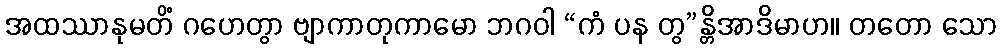
အထဿာနုမတိံ ဂဟေတွာ ဗျာကာတုကာမော ဘဂဝါ “ကံ ပန တွ”န္တိအာဒိမာဟ။ တတော သော